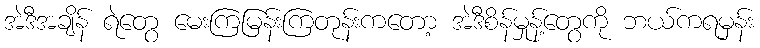
အဲဒီအချိန် ရဲတွေ မေးကြမြန်းကြတုန်းကတော့ အဲဒီစိန်မှုန့်တွေကို ဘယ်ကရမှန်း